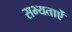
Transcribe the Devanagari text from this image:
सभ्यताऐं